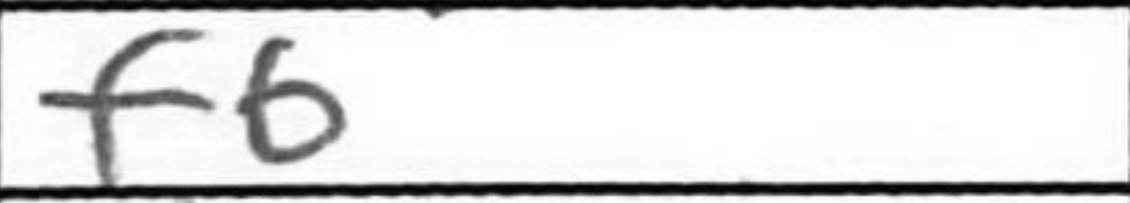
Transcription: f6